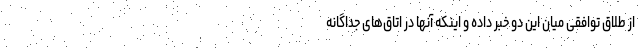
از طلاق توافقی میان این دو خبر داده و اینکه آنها در اتاق‌های جداگانه